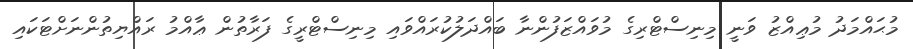
މުޙައްމަދު މުޢިއްޒު ވަނީ މިނިސްޓްރިގެ މުވައްޒަފުންނާ ބައްދަލުކުރައްވައި މިނިސްޓްރީގެ ފަރާތުން ޢާއްމު ރައްޔިތުންނަށްޓަކައި